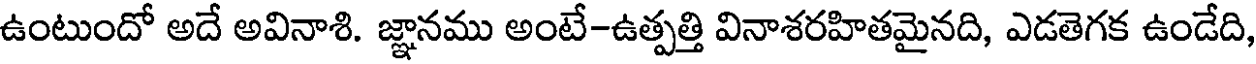
ఉంటుందో అదే అవినాశి. జ్ఞానము అంటే-ఉత్పత్తి వినాశరహితమైనది, ఎడతెగక ఉండేది,